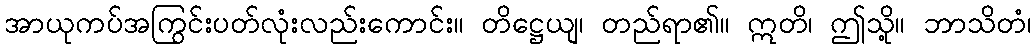
အာယုကပ်အကြွင်းပတ်လုံးလည်းကောင်း။ တိဋ္ဌေယျ၊ တည်ရာ၏။ ဣတိ၊ ဤသို့။ ဘာသိတံ၊